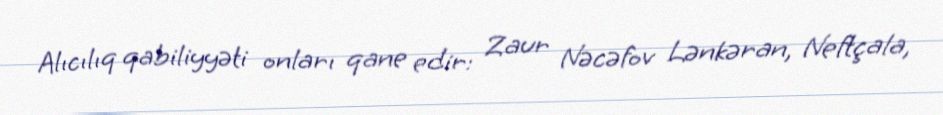
Alıcılıq qabiliyyəti onları qane edir: Zaur Nəcəfov Lənkəran, Neftçala,